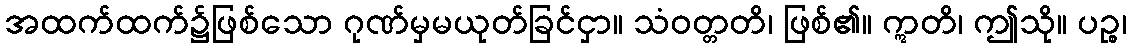
အထက်ထက်၌ဖြစ်သော ဂုဏ်မှမယုတ်ခြင်ငှာ။ သံဝတ္တတိ၊ ဖြစ်၏။ ဣတိ၊ ဤသို။ ပဉ္စ၊